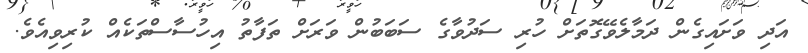
އަދި ވަށައިގެން ދަމާލެވޭގޮތަށް ހުރި ސަދުވާގެ ސަބަބުން ވަރަށް ތަފާތު އިހުސާސްތަކެއް ކުރިވިއެވެ.